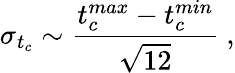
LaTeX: \sigma_{t_{c}}\sim\frac{t_{c}^{max}-t_{c}^{min}}{\sqrt{12}}~,